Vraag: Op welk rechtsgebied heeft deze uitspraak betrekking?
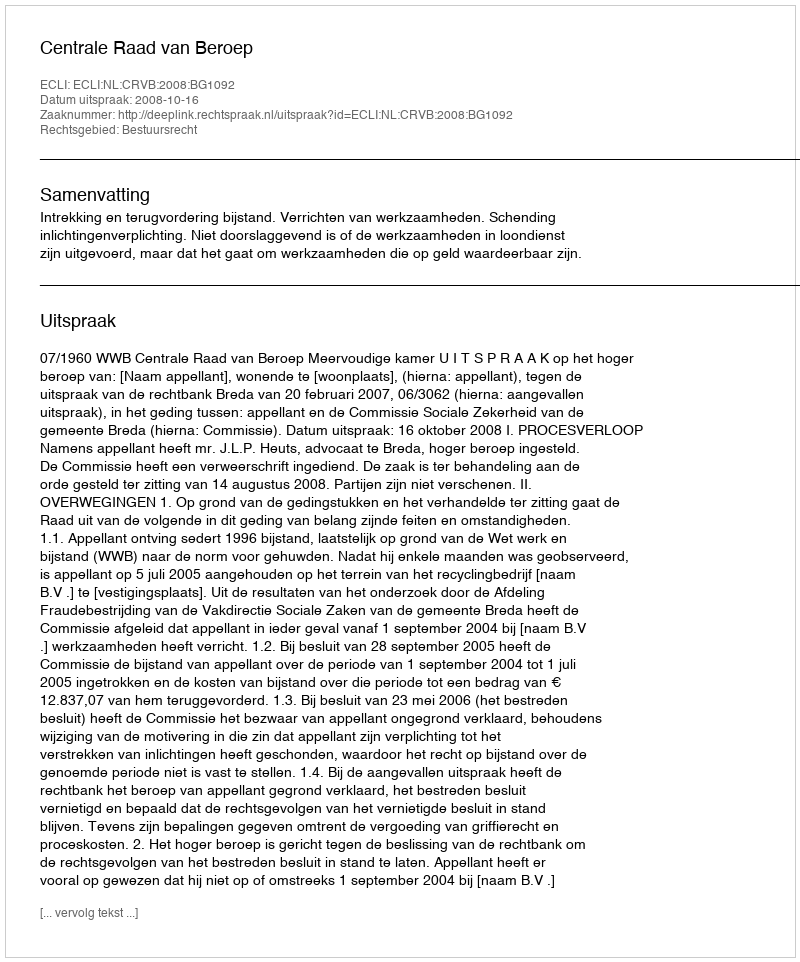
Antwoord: Bestuursrecht